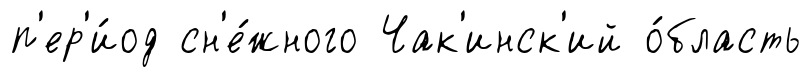
п'ер'и́од сн'е́жного Чак'инск'ий о́бласть